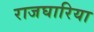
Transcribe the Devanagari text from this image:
राजघारिया